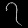
Digit: ၇